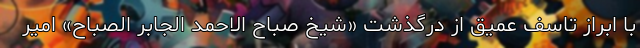
با ابراز تاسف عمیق از درگذشت «شیخ صباح الاحمد الجابر الصباح» امیر